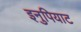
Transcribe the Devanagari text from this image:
इनुपियाट